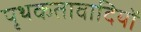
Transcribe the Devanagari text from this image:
पृथकतावादियों